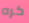
كره